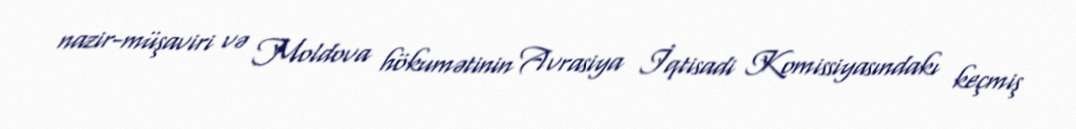
nazir-müşaviri və Moldova hökumətinin Avrasiya İqtisadi Komissiyasındakı keçmiş